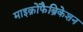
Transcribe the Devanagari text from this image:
माइक्रोफैब्रिकेशन